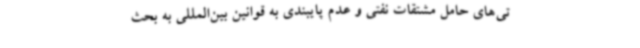
تی‌های حامل مشتقات نفتی و عدم پایبندی به قوانین بین‌المللی به بحث